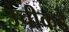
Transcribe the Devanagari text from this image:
उंचीकडे